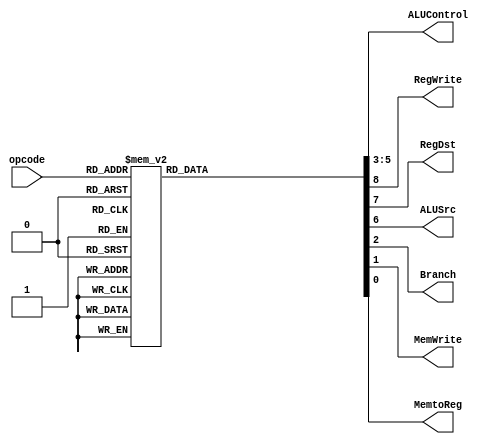
module Control_1(input [3:0] opcode,output  [2:0]ALUControl,output RegWrite,RegDst,ALUSrc,Branch,
MemWrite,MemtoReg
    );
reg [8:0] combin;
assign {RegWrite,RegDst,ALUSrc,ALUControl,Branch,MemWrite,MemtoReg} = combin ;	 
	 always @(opcode)
	     case(opcode)
		    4'b0000: combin=9'b0_0000_0000;   
          4'b0001: combin=9'b1_1000_1000;   
          4'b0010: combin=9'b1_1001_0000;   
          4'b0011: combin=9'b1_1001_1000;   
          4'b0100: combin=9'b1_1001_0000;   
          4'b0101: combin=9'b1_0110_1000;   
          4'b0110: combin=9'b1_0111_0000;   
          4'b0111: combin=9'b1_0100_1000;   
          4'b1000: combin=9'b1_0101_0000;   
          4'b1001: combin=9'b1_0100_1001;   
          4'b1010: combin=9'b0_0100_1010;   
			 4'b1011: combin=9'b1_0100_1001;   
			 4'b1100: combin=9'b0_0100_1010;   
			 4'b1101: combin=9'b0_0001_0100;   
			 default: combin=9'b0_0000_0000;   
		endcase
endmodule